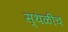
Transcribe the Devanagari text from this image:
स्थळीच